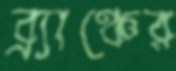
ব্র্যাঞ্চের